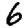
Digit: 6